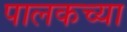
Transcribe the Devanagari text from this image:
पालकच्या